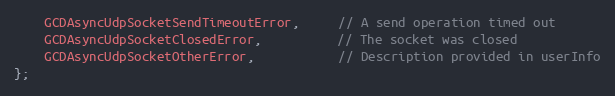
Language: C
	GCDAsyncUdpSocketSendTimeoutError,     // A send operation timed out
	GCDAsyncUdpSocketClosedError,          // The socket was closed
	GCDAsyncUdpSocketOtherError,           // Description provided in userInfo
};